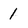
Character: 1